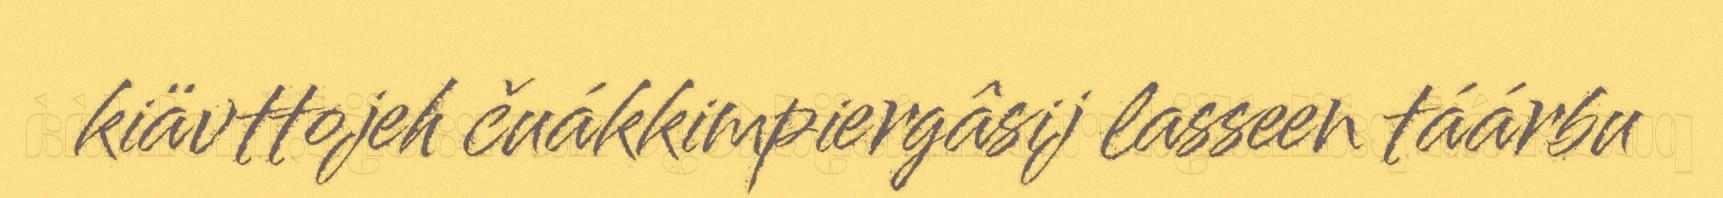
kiävttojeh čuákkimpiergâsij lasseen táárbu